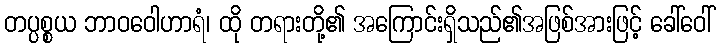
တပ္ပစ္စယ ဘာဝဝေါဟာရံ၊ ထို တရားတို့၏ အကြောင်းရှိသည်၏အဖြစ်အားဖြင့် ခေါ်ဝေါ်